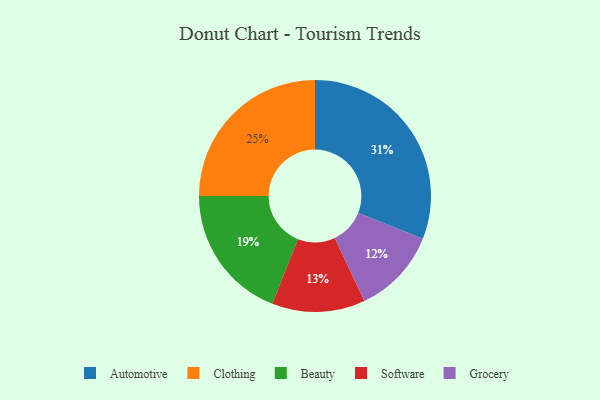
{"axis": {"x": "Category", "y": "Percentage"}, "legend": ["Automotive", "Beauty", "Clothing", "Grocery", "Software"], "data": [{"x": "Grocery", "y": 12, "type": "Grocery"}, {"x": "Automotive", "y": 31, "type": "Automotive"}, {"x": "Software", "y": 13, "type": "Software"}, {"x": "Beauty", "y": 19, "type": "Beauty"}, {"x": "Clothing", "y": 25, "type": "Clothing"}]}